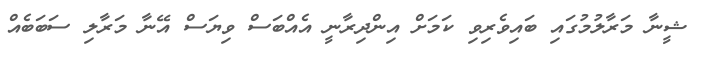
ޝީނާ މަރާލުމުގައި ބައިވެރިވި ކަމަށް އިންދިރާނީ އެއްބަސް ވިޔަސް އޭނާ މަރާލި ސަބަބެއް